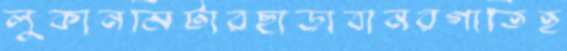
লুকানমিটারছাড়াবানরগাতিহ